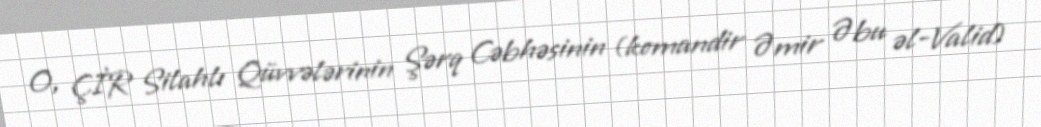
O, ÇİR Silahlı Qüvvələrinin Şərq Cəbhəsinin (komandir Əmir Əbu əl-Valid)